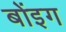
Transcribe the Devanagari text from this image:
बोंइग